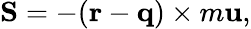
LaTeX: {\mathbf S}=-({\mathbf r}-{\mathbf q})\times m{\mathbf u},